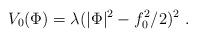
LaTeX: \begin{align*}V_0(\Phi)=\lambda(|\Phi|^2-f_0^2/2)^2 \ .\end{align*}